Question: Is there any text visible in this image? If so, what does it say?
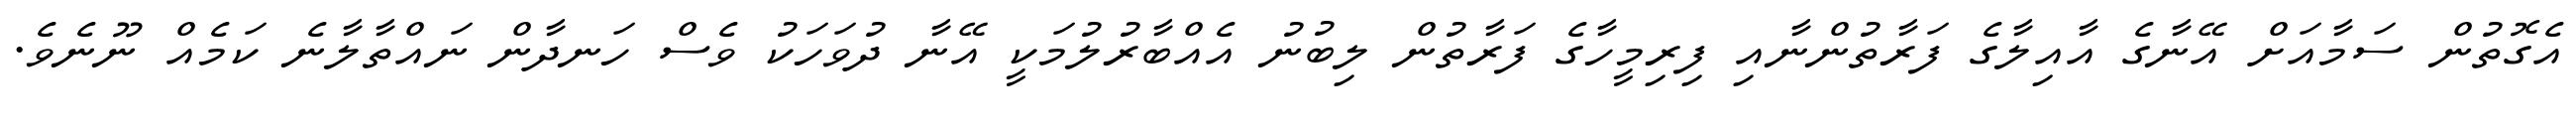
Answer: އެގޮތުން ސަމާއަށް އޭނާގެ އާއިލާގެ ފަރާތުންނާއި ފިރިމީހާގެ ފަރާތުން ލިބުނު އެއްބާރުލުމަކީ އޭނާ ދުވަހަކު ވެސް ހަނދާން ނައްތާލާނެ ކަމެއް ނޫނެވެ.